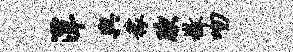
潭舆稼腴檄吻